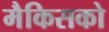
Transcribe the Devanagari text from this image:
मैकिसको